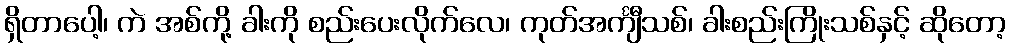
ရှိတာပေါ့၊ ကဲ အစ်ကို့ ခါးကို စည်းပေးလိုက်လေ၊ ကုတ်အင်္ကျီသစ်၊ ခါးစည်းကြိုးသစ်နှင့် ဆိုတော့